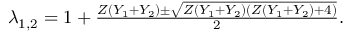
\begin{array} { r } { \lambda _ { 1 , 2 } = 1 + \frac { Z ( Y _ { 1 } + Y _ { 2 } ) \pm \sqrt { Z \left( Y _ { 1 } + Y _ { 2 } \right) \left( Z ( Y _ { 1 } + Y _ { 2 } ) + 4 \right) } } { 2 } . } \end{array}